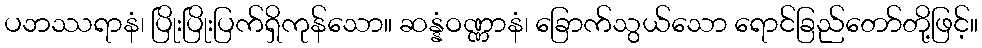
ပဘဿရာနံ၊ ပြိုးပြိုးပြက်ရှိကုန်သော။ ဆန္နံဝဏ္ဏာနံ၊ ခြောက်သွယ်သော ရောင်ခြည်တော်တို့ဖြင့်။